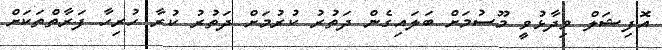
އޮފިޝަލް ވިދާޅުވީ މޫސުމަށް ބަލައިގެން ދަތުރު ކުރުމަށް ދަތުރު ކުރާ ހުރިހާ ފަރާތްތަކަށް